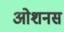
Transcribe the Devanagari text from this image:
ओशनस